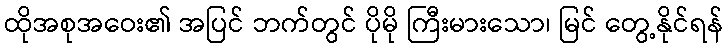
ထိုအစုအဝေး၏ အပြင် ဘက်တွင် ပိုမို ကြီးမားသော၊ မြင် တွေ့နိုင်ရန်